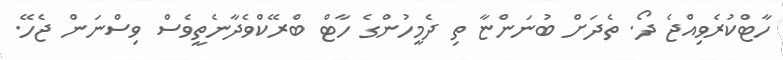
ހާޓްކުރެވިއްޖެ ދޯ. ތެދަށް ބުނަންޏާ ތި ދެމީހުންގެ ހާޓް ބްރޭކްވެދާނެތީވެސް ވިސްނަން ޖެހޭ.